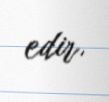
edir.